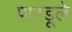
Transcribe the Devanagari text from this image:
पारडूले